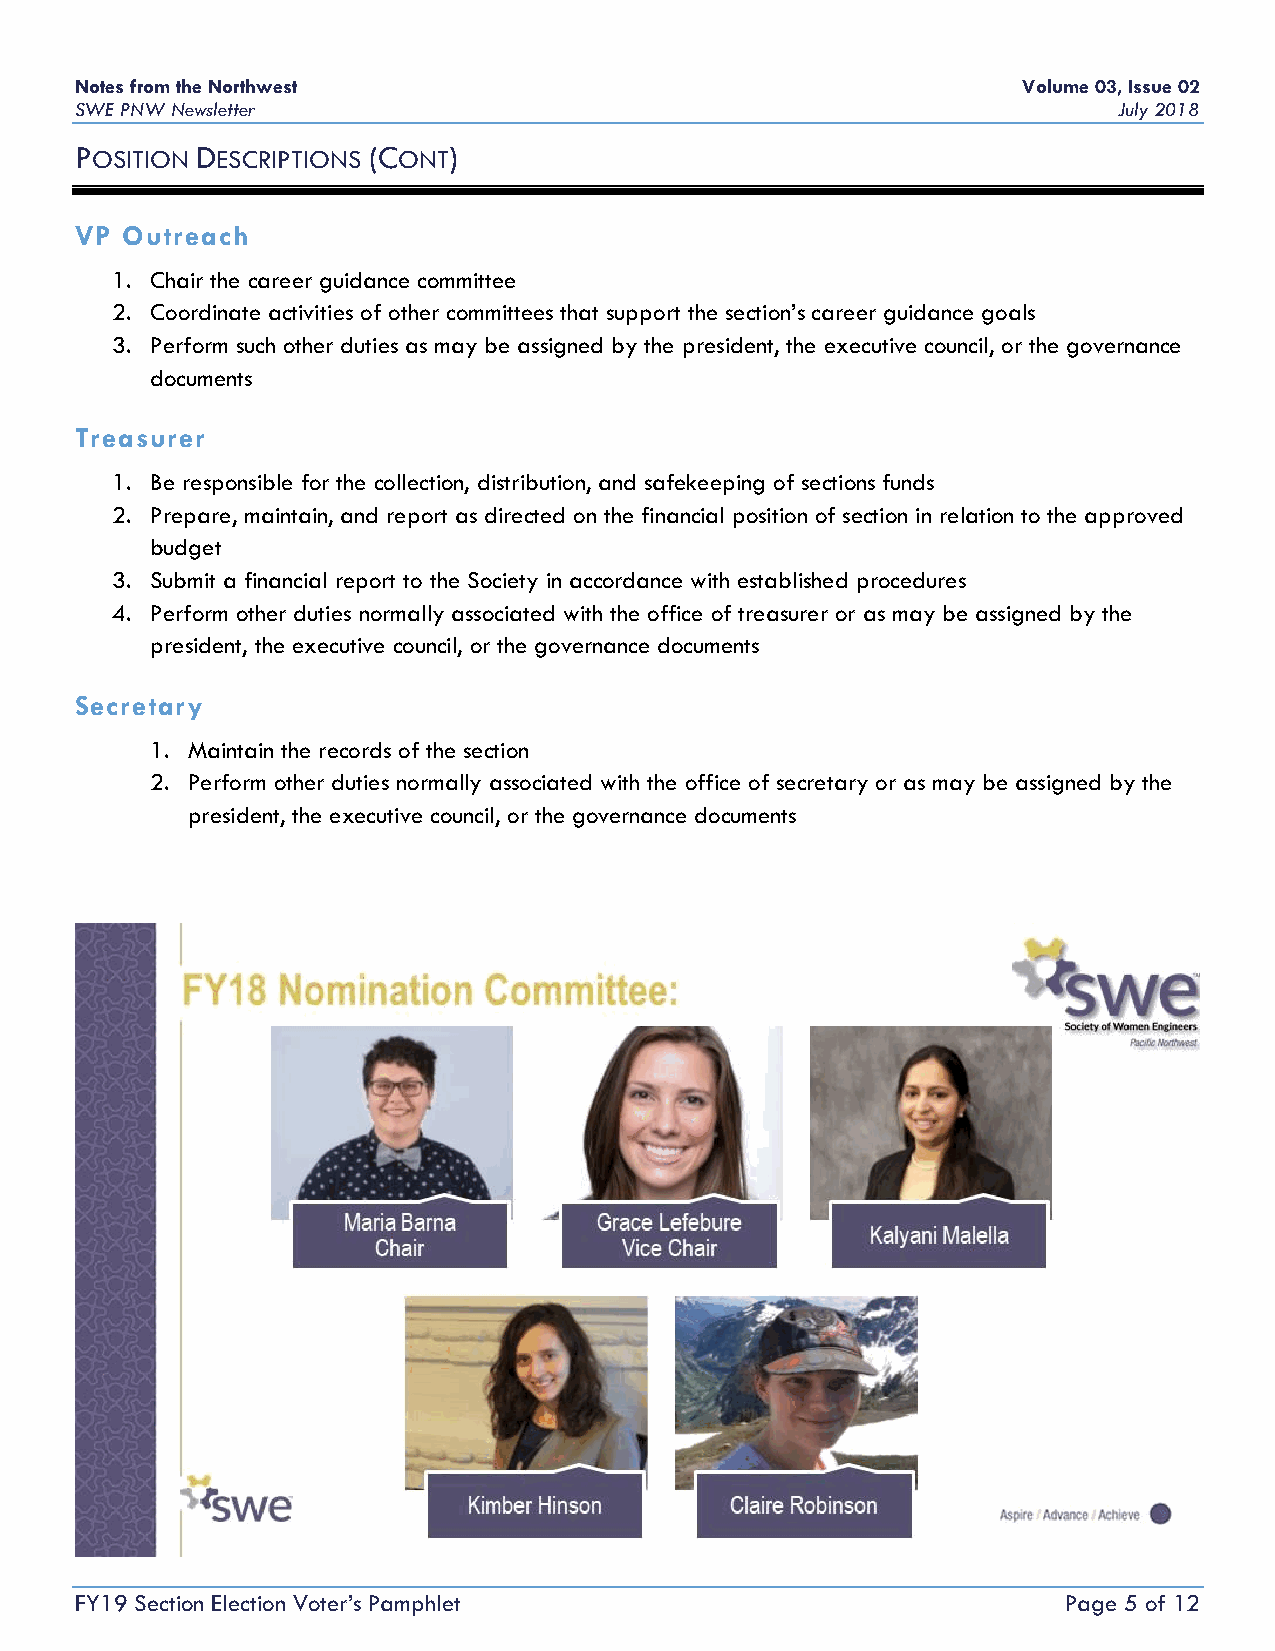
Notes from the Northwest                                       Volume 03, Issue 02
 SWE PNW Newsletter                                                   July 2018
 POSITION DESCRIPTIONS (CONT)
 VP Outreach
 1. Chair the career guidance committee
 2. Coordinate activities of other committees that support the section’s career guidance goals
 3. Perform such other duties as may be assigned by the president, the executive council, or the governance
 documents
 Treasurer
 1. Be responsible for the collection, distribution, and safekeeping of sections funds
 2. Prepare, maintain, and report as directed on the financial position of section in relation to the approved
 budget
 3. Submit a financial report to the Society in accordance with established procedures
 4. Perform other duties normally associated with the office of treasurer or as may be assigned by the
 president, the executive council, or the governance documents
 Secretary
 1. Maintain the records of the section
 2. Perform other duties normally associated with the office of secretary or as may be assigned by the
 president, the executive council, or the governance documents
 FY19 Section Election Voter’s Pamphlet                           Page 5 of 12